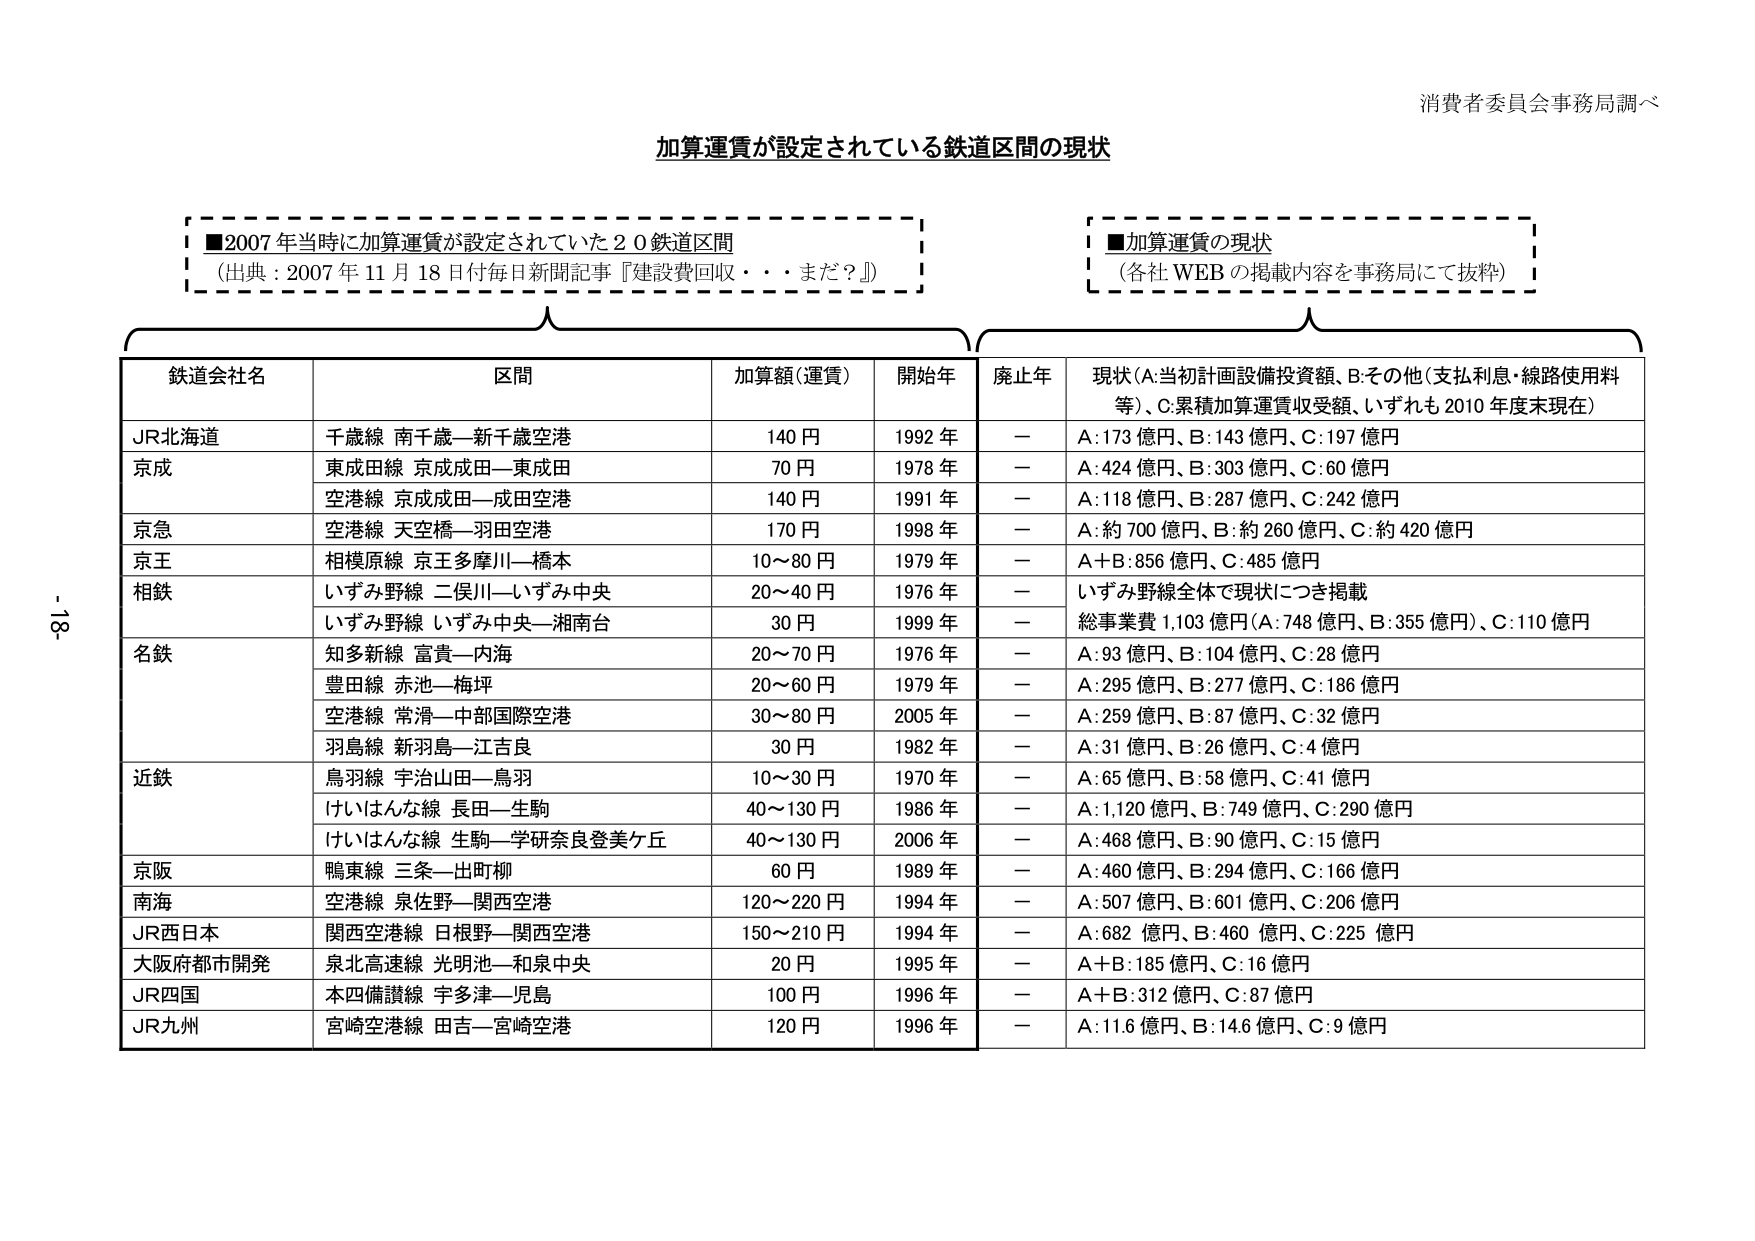
消費者委員会事務局調べ

加算運賃が設定されている鉄道区間の現状

■2007 年当時に加算運賃が設定されていた 20 鉄道区間
（出典：2007 年 11 月 18 日付毎日新聞記事『建設費回収・・・まだ？』）

■加算運賃の現状
（各社 WEB の掲載内容を事務局にて抜粋）

鉄道会社名　　区間　　　　　　　　　　　加算額（運賃）　　開始年　　廃止年　　現状（A:当初計画設備投資額、B:その他（支払利息・線路使用料等）、C:累積加算運賃収受額、いずれも 2010 年度末現在）

JR北海道　　千歳線 南千歳—新千歳空港　　　140 円　　　　1992 年　　—　　A:173 億円、B:143 億円、C:197 億円

京成　　　　東成田線 京成成田—東成田　　　70 円　　　　1978 年　　—　　A:424 億円、B:303 億円、C:60 億円

　　　　　　空港線 京成成田—成田空港　　　140 円　　　　1991 年　　—　　A:118 億円、B:287 億円、C:242 億円

京急　　　　空港線 天空橋—羽田空港　　　　170 円　　　　1998 年　　—　　A:約 700 億円、B:約 260 億円、C:約 420 億円

京王　　　　相模原線 京王多摩川—橋本　　　10～80 円　　　1979 年　　—　　A＋B:856 億円、C:485 億円

相鉄　　　　いずみ野線 二俣川—いずみ中央　　20～40 円　　　1976 年　　—　　いずみ野線全体で現状につき掲載

　　　　　　いずみ野線 いずみ中央—湘南台　　30 円　　　　1999 年　　—　　総事業費 1,103 億円（A:748 億円、B:355 億円）、C:110 億円

名鉄　　　　知多新線 富貴—内海　　　　　　20～70 円　　　1976 年　　—　　A:93 億円、B:104 億円、C:28 億円

　　　　　　豊田線 赤池—梅坪　　　　　　　20～60 円　　　1979 年　　—　　A:295 億円、B:277 億円、C:186 億円

　　　　　　空港線 常滑—中部国際空港　　　　30～80 円　　　2005 年　　—　　A:259 億円、B:87 億円、C:32 億円

　　　　　　羽島線 新羽島—江吉良　　　　　30 円　　　　1982 年　　—　　A:31 億円、B:26 億円、C:4 億円

近鉄　　　　鳥羽線 宇治山田—鳥羽　　　　　10～30 円　　　1970 年　　—　　A:65 億円、B:58 億円、C:41 億円

　　　　　　けいはんな線 長田—生駒　　　　40～130 円　　　1986 年　　—　　A:1,120 億円、B:749 億円、C:290 億円

　　　　　　けいはんな線 生駒—学研奈良登美ケ丘　40～130 円　　　2006 年　　—　　A:468 億円、B:90 億円、C:15 億円

京阪　　　　鴨東線 三条—出町柳　　　　　　60 円　　　　1989 年　　—　　A:460 億円、B:294 億円、C:166 億円

南海　　　　空港線 泉佐野—関西空港　　　　120～220 円　　1994 年　　—　　A:507 億円、B:601 億円、C:206 億円

JR西日本　　関西空港線 日根野—関西空港　　150～210 円　　1994 年　　—　　A:682 億円、B:460 億円、C:225 億円

大阪府都市開発　泉北高速線 光明池—和泉中央　20 円　　　　1995 年　　—　　A＋B:185 億円、C:16 億円

JR四国　　木四備讃線 宇多津—児島　　　　100 円　　　　1996 年　　—　　A＋B:312 億円、C:87 億円

JR九州　　宮崎空港線 田吉—宮崎空港　　　　120 円　　　　1996 年　　—　　A:11.6 億円、B:14.6 億円、C:9 億円

-18-